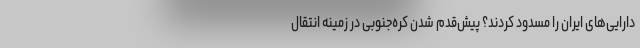
دارایی‌های ایران را مسدود کردند؟ پیش‌قدم شدن کره‌جنوبی در زمینه انتقال